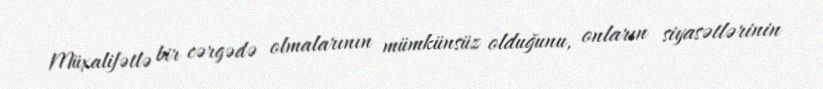
Müxalifətlə bir cərgədə olmalarının mümkünsüz olduğunu, onların siyasətlərinin